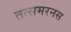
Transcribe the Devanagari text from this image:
तत्समरनस